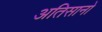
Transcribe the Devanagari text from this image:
अतिसानो